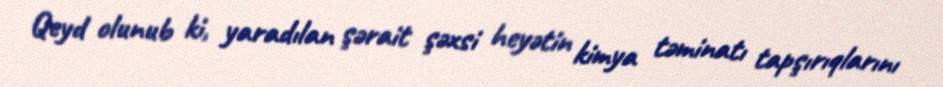
Qeyd olunub ki, yaradılan şərait şəxsi heyətin kimya təminatı tapşırıqlarını